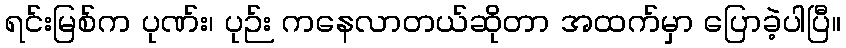
ရင်းမြစ်က ပုဏ်း၊ ပုဉ်း ကနေလာတယ်ဆိုတာ အထက်မှာ ပြောခဲ့ပါပြီ။